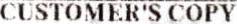
CUSTOMER'S COPY